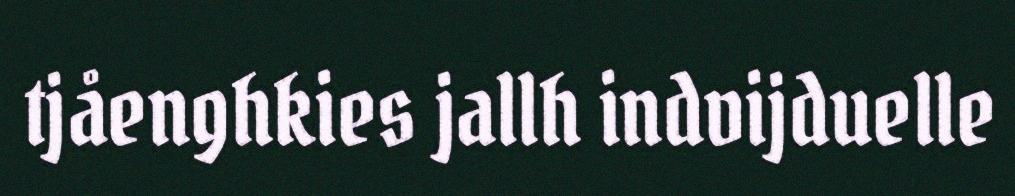
tjåenghkies jallh indvijduelle